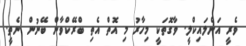
ވެރީ އަންލައިކްލީ. ވާގޮތަކީ މިހާރު މި އޮތް އެތި ބްރޭކްވާން ބޭނުން ނެތީ.